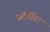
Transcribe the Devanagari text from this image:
कोर्विडा